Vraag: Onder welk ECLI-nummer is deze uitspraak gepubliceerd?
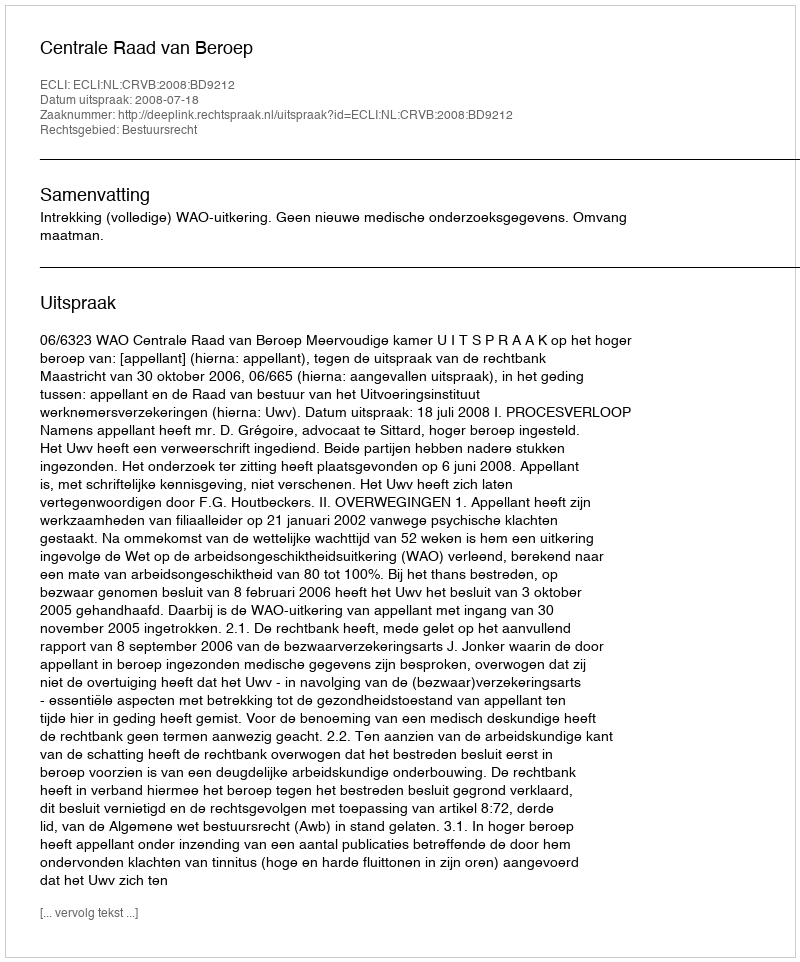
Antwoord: ECLI:NL:CRVB:2008:BD9212